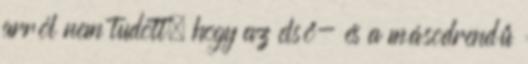
arról nem tudott, hogy az első- és a másodrendű